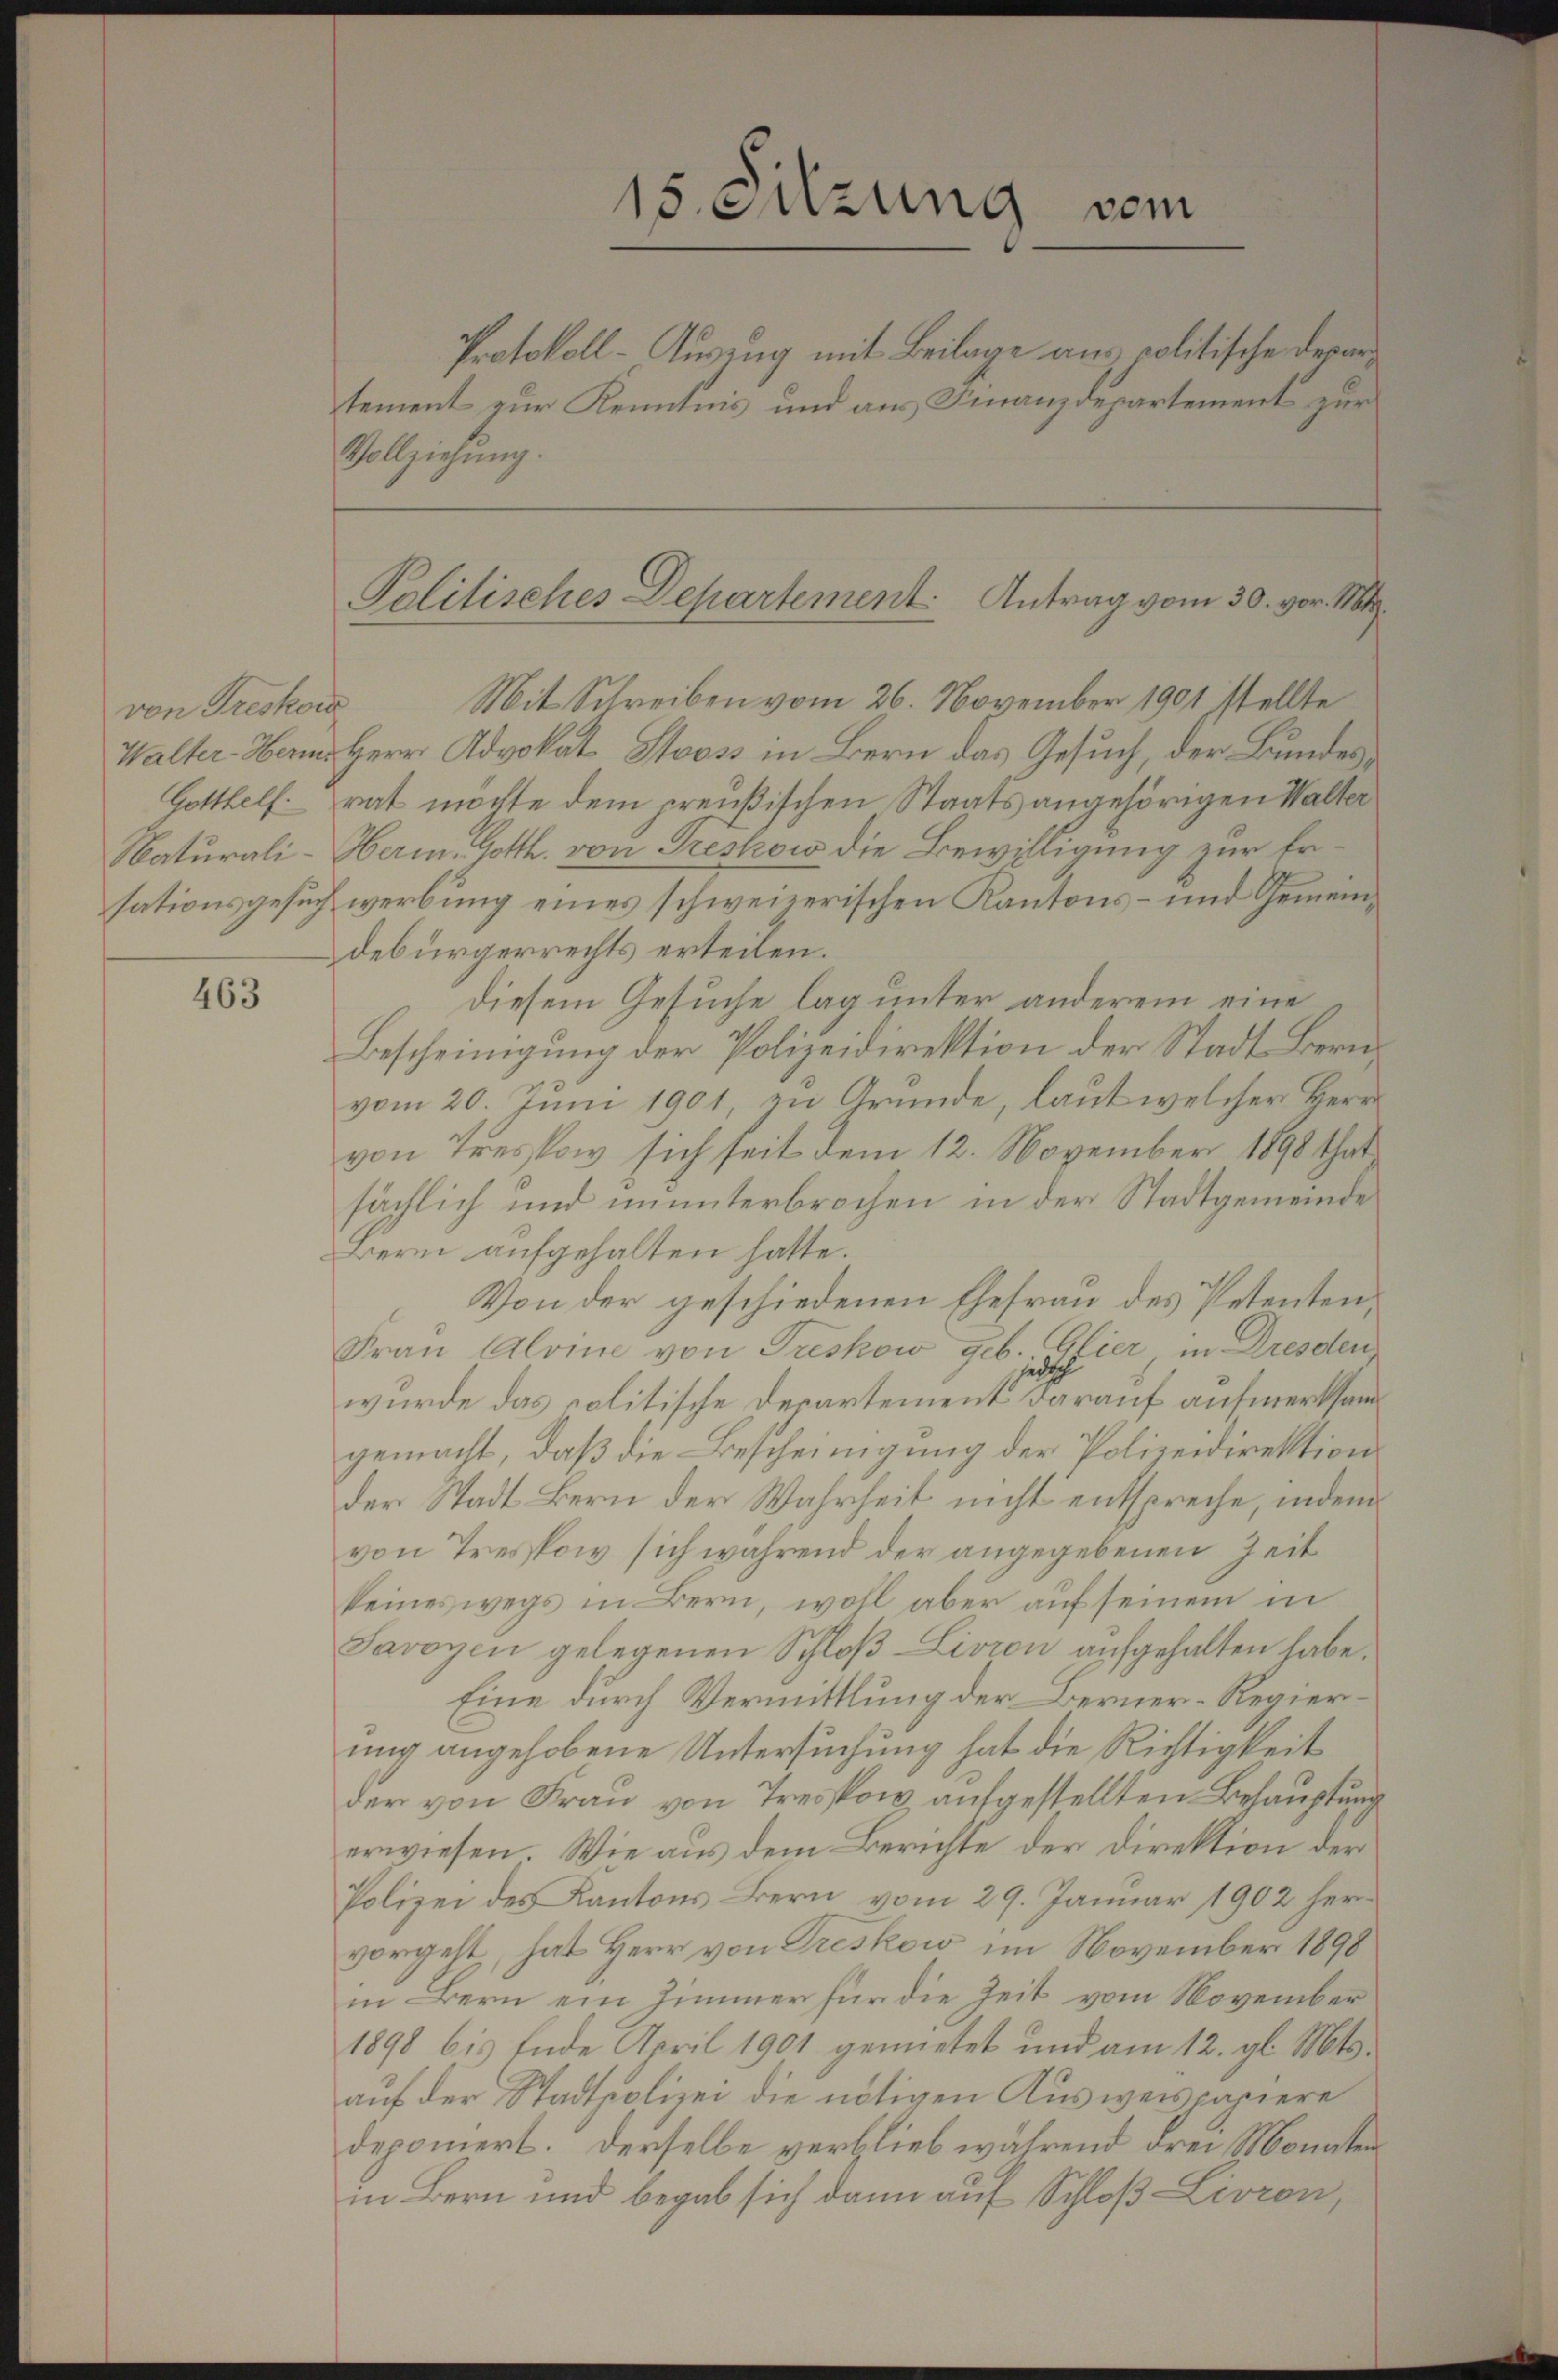
von Treskow
Gotthelf.

463

Protokoll-Ausung mit Beilage aus politische Departement zur Kenntnis und aus Finanzdepartement zur
Vollziehung.

15. Sitzung vom

Palitisches Departement. Antrag vom 30. vor. Mt

Mit Schreiben vom 26. November 1901 stellte
Walter-Banns Herr Advokat Stooss in Bern das Gesuch, der Bundesrat möchte dem preußischen Staatsangehörigen Walter
Naturali-Herm. Gotth. von Treskow die Bewilligung zur Ersationsgesuch werbung eines schweizerischen Kantons- und Gemeindebürgerrechts erteilen.
diesem Gesuche lag unter anderem eine
Bescheinigung der Polizeidirektion der Stadt Bernvom 20. Juni 1901, zu Gründe, laut welcher Herr
von Tresow sich seit dem 12. November 1898 that
sächlich und ununterbrochen in der Stadtgemeinde
Bern aufgehalten hatte.
Von der geschiedenen Ehefrau des Petenten,
Frau Aloine von Treskow geb. Glier in Dresden
jüdisch
wurde das politische Departement darauf aufmerksamgemacht, daß die Bescheinigung der Polizeidirektion
der Stadt Bern der Wahrheit nicht entspreche, indem
von Treskow sich während der angegebenen Zeit
keineswegs in Bern, wohl aber auf seinem in
Savoyen gelegenen Schloß-Livion aufgehalten habe.
Eine durch Vermittlung der Berner-Regierung angehobene Untersuchung hat die Richtigkeit
der von Frau von Tresspow aufgestellten Behauptung
erwiesen. Wie aus dem Berichte der Direktion der
Polizei des Kantons Bern vom 29. Januar 1902 hervorgeht, hat Herr von Treskow im November 1898
in Bern ein Zimmer für die Zeit vom November
1898 bis Ende April 1901 gemietet und am 12. gl. Mts.
auf der Stadtpolizei die nötigen Ausweispapiere
deponiert. Derselbe verblieb während drei Monaten
in Bern und begab sich dann auf Schloß Livron,